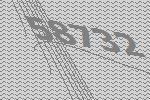
58732